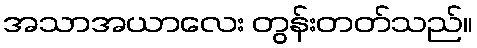
အသာအယာလေး တွန်းတတ်သည်။